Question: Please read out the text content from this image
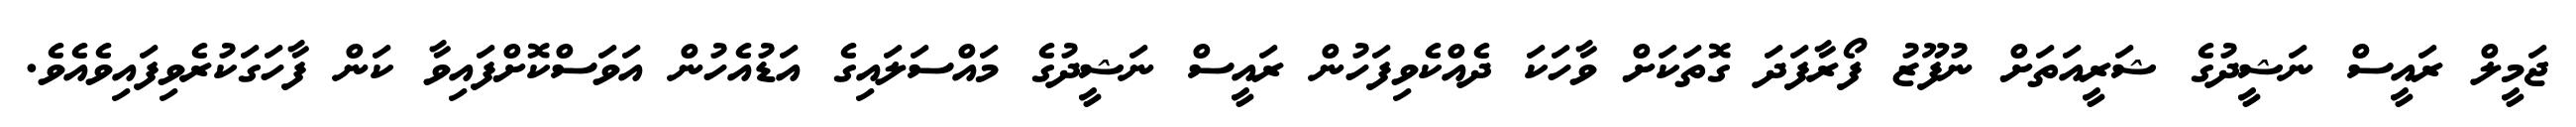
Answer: ޖަމީލް ރައީސް ނަޝީދުގެ ޝަރީއަތަށް ނުފޫޒު ފޯރާފަދަ ގޮތަކަށް ވާހަކަ ދެއްކެވިފަހުން ރައީސް ނަޝީދުގެ މައްސަލައިގެ އަޑުއެހުން އަވަސްކޮށްފައިވާ ކަން ފާހަގަކުރެވިފައިވެއެވެ.